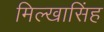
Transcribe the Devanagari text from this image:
मिल्खासिंह